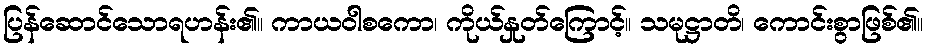
ပြန်ဆောင်သောရဟန်း၏။ ကာယဝါစကော၊ ကိုယ်နှုတ်ကြောင့်။ သမုဋ္ဌာတိ၊ ကောင်းစွာဖြစ်၏။